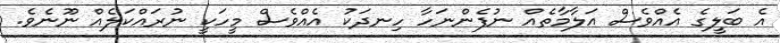
އެ ބަލީގެ އެއްވެސް އަލާމާތެއް ނުފެންނަހާ ހިނދަކު އެއްވެސް މީހަކީ ނުރައްކަލެއް ނޫނެވެ.